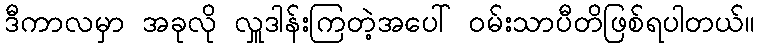
ဒီကာလမှာ အခုလို လှူဒါန်းကြတဲ့အပေါ် ဝမ်းသာပီတိဖြစ်ရပါတယ်။